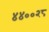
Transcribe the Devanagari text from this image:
४४००२८